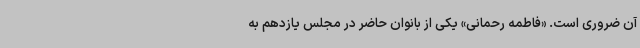
آن ضروری است. «فاطمه رحمانی» یکی از بانوان حاضر در مجلس یازدهم به